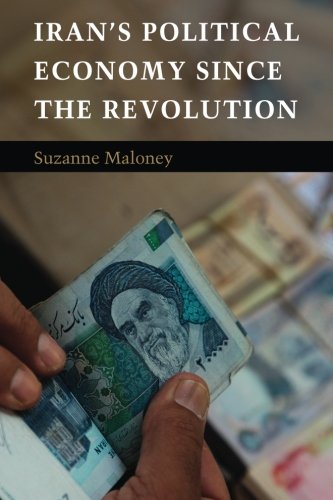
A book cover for Iran's Political Economy since the Revolution; Suzanne Maloney; History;